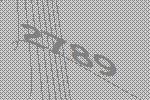
2789